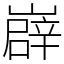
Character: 㠔